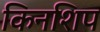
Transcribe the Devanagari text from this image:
किनशिप